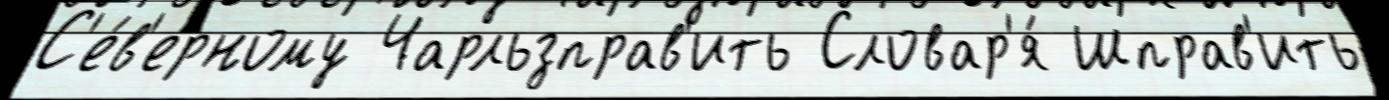
С'е́в'ерному Чарльзправ'ить Словар'я́ Шправ'ить